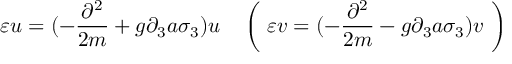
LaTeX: \varepsilon u = ( - \frac { \partial ^ { 2 } } { 2 m } + g \partial _ { 3 } a \sigma _ { 3 } ) u \quad \left( \ \varepsilon v = ( - \frac { \partial ^ { 2 } } { 2 m } - g \partial _ { 3 } a \sigma _ { 3 } ) v \ \right)